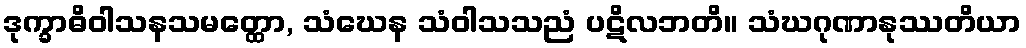
ဒုက္ခာဓိဝါသနသမတ္ထော, သံဃေန သံဝါသသညံ ပဋိလဘတိ။ သံဃဂုဏာနုဿတိယာ